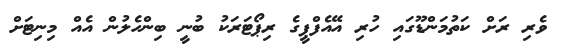
ވެރި ރަށް ކަތުމަންޑޫގައި ހުރި އޭއެފްޕީގެ ރިޕޯޓަރަކު ބުނީ ބިންހެލުން އެއް މިނިޓަށް